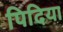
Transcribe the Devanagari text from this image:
पिदिया